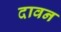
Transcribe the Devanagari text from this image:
दावन